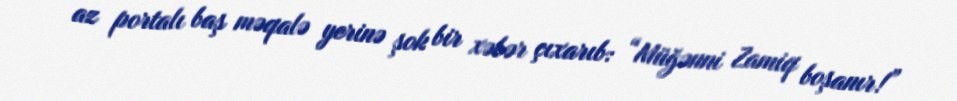
az portalı baş məqalə yerinə şok bir xəbər çıxarıb: “Müğənni Zamiq boşanır!”